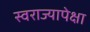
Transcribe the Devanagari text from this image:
स्वराज्यापेक्षा